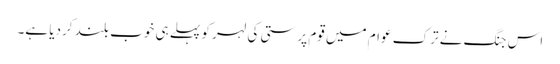
اس جنگ نے ترک عوام میں قوم پرستی کی لہر کو پہلے ہی خوب بلند کردیا ہے۔